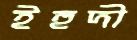
ইহুদী